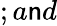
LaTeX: ;a\mathsf{n}d